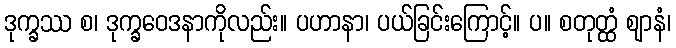
ဒုက္ခဿ စ၊ ဒုက္ခဝေဒနာကိုလည်း။ ပဟာနာ၊ ပယ်ခြင်းကြောင့်။ ပ။ စတုတ္ထံ ဈာနံ၊